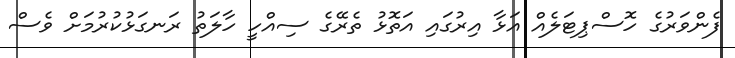
ފެންވަރުގެ ހޮސްޕިޓަލެއް އަޅާ އިރުގައި އަތޮޅު ތެރޭގެ ސިއްހީ ހާލަތު ރަނގަޅުކުރުމަށް ވެސް